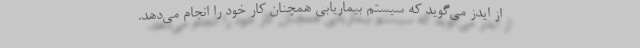
از ایدز می‌گوید که سیستم بیماریابی همچنان کار خود را انجام می‌دهد.